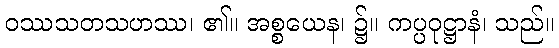
ဝဿသတသဟဿ၊ ၏။ အစ္စယေန၊ ၌။ ကပ္ပဝုဋ္ဌာနံ၊ သည်။